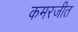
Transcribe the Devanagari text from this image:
कमरजीत